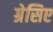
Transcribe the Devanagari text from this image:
ग्रेसिए